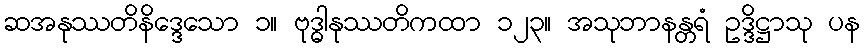
ဆအနုဿတိနိဒ္ဒေသော ၁။ ဗုဒ္ဓါနုဿတိကထာ ၁၂၃။ အသုဘာနန္တရံ ဥဒ္ဒိဋ္ဌာသု ပန